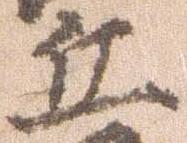
丘